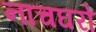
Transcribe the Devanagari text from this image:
नाचघरों